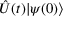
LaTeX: { \hat { U } } ( t ) | \psi ( 0 ) \rangle